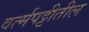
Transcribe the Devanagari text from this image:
वर्त्मपट्टीतील